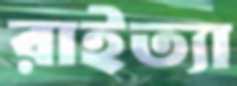
রাইত্যা